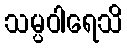
သမ္ပဝါရေသိ